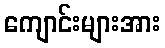
ကျောင်းများအား